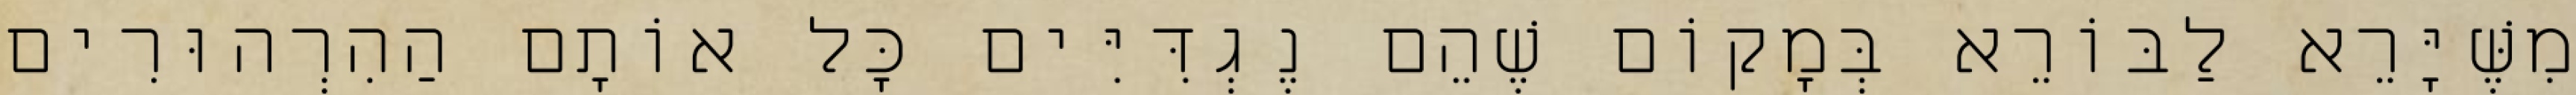
מִשֶּׁיָּרֵא לַבּוֹרֵא בְּמָקוֹם שֶׁהֵם נֶגְדִּיִּים כׇּל אוֹתָם הַהִרְהוּרִים